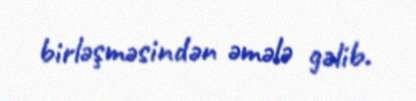
birləşməsindən əmələ gəlib.